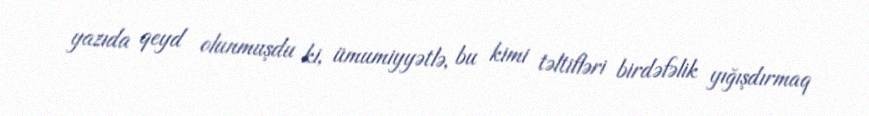
yazıda qeyd olunmuşdu ki, ümumiyyətlə, bu kimi təltifləri birdəfəlik yığışdırmaq